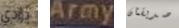
يؤدي Army صديقتان